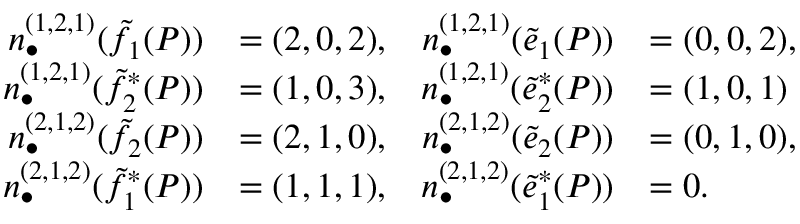
\begin{array} { r l r l } { n _ { \bullet } ^ { ( 1 , 2 , 1 ) } ( { \tilde { f } } _ { 1 } ( P ) ) } & { = ( 2 , 0 , 2 ) , } & { n _ { \bullet } ^ { ( 1 , 2 , 1 ) } ( { \tilde { e } } _ { 1 } ( P ) ) } & { = ( 0 , 0 , 2 ) , } \\ { n _ { \bullet } ^ { ( 1 , 2 , 1 ) } ( { \tilde { f } } _ { 2 } ^ { * } ( P ) ) } & { = ( 1 , 0 , 3 ) , } & { n _ { \bullet } ^ { ( 1 , 2 , 1 ) } ( { \tilde { e } } _ { 2 } ^ { * } ( P ) ) } & { = ( 1 , 0 , 1 ) } \\ { n _ { \bullet } ^ { ( 2 , 1 , 2 ) } ( { \tilde { f } } _ { 2 } ( P ) ) } & { = ( 2 , 1 , 0 ) , } & { n _ { \bullet } ^ { ( 2 , 1 , 2 ) } ( { \tilde { e } } _ { 2 } ( P ) ) } & { = ( 0 , 1 , 0 ) , } \\ { n _ { \bullet } ^ { ( 2 , 1 , 2 ) } ( { \tilde { f } } _ { 1 } ^ { * } ( P ) ) } & { = ( 1 , 1 , 1 ) , } & { n _ { \bullet } ^ { ( 2 , 1 , 2 ) } ( { \tilde { e } } _ { 1 } ^ { * } ( P ) ) } & { = 0 . } \end{array}